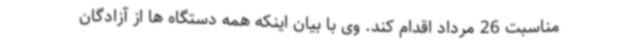
مناسبت 26 مرداد اقدام کند. وی با بیان اینکه همه دستگاه ها از آزادگان